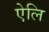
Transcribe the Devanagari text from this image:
ऐलि